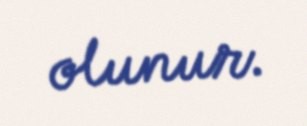
olunur.